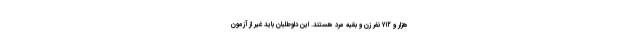
هزار و ۷۱۲ نفر زن و بقیه مرد هستند. این داوطلبان باید غیر از آزمون